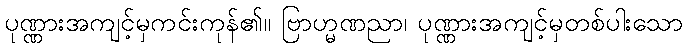
ပုဏ္ဏားအကျင့်မှကင်းကုန်၏။ ဗြာဟ္မဏညာ၊ ပုဏ္ဏားအကျင့်မှတစ်ပါးသော